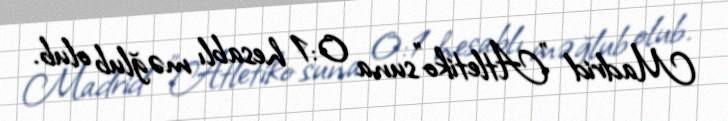
Madrid "Atletiko"suna 0:1 hesablı məğlub olub.